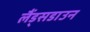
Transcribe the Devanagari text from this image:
लैंड्सडाउन